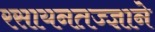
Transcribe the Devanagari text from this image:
रसायनतज्ज्ञाने